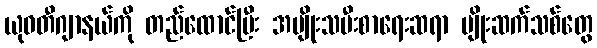
ယုဝတီဂျာနယ်ကို တည်ထောင်ပြီး အမျိုးသမီးစာရေးဆရာ မျိုးဆက်သစ်တွေ